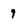
Character: 9